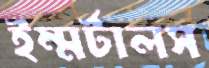
ইম্মর্টালস